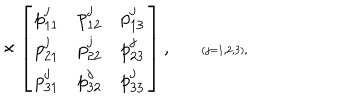
LaTeX: \times \left[ \begin{array} { r r r } { { p _ { 1 1 } ^ { j } } } & { { p _ { 1 2 } ^ { j } } } & { { p _ { 1 3 } ^ { j } } } \\ { { p _ { 2 1 } ^ { j } } } & { { p _ { 2 2 } ^ { j } } } & { { p _ { 2 3 } ^ { j } } } \\ { { p _ { 3 1 } ^ { j } } } & { { p _ { 3 2 } ^ { j } } } & { { p _ { 3 3 } ^ { j } } } \\ \end{array} \right] , \verb + + \scriptscriptstyle { ( j = 1 , 2 , 3 ) } ,